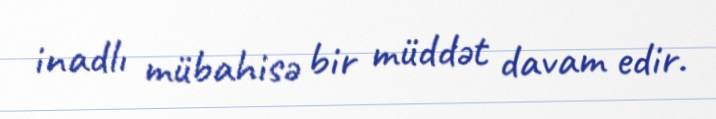
inadlı mübahisə bir müddət davam edir.